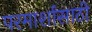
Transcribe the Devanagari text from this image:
परमार्शासाठी